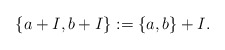
\begin{align*}\{a+I,b+I\} := \{a,b\} + I.\end{align*}